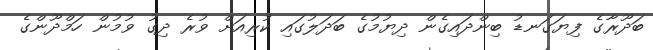
ބަދޫރާގެ ފިޔަގަނޑު ބިންދައިގެން ދިޔުމުގެ ބަދަލުގައި ކުރިއަށް ވުރެ ދިގު ވުމުން ހަމްދޫންގެ